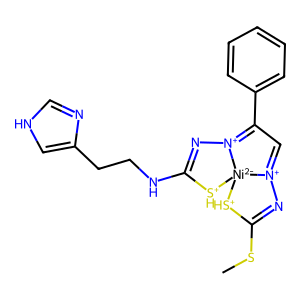
SMILES: CSC1=N[N+]2=CC(c3ccccc3)=[N+]3N=C(NCCc4c[nH]cn4)[SH+][Ni-2]23[SH+]1
Inhibits HIV replication: No